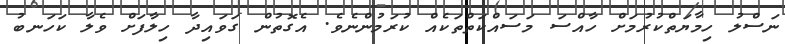
ނަސްލު ހިމާޔަތްކުރުމަށް ހާއްސަ މަސައްކަތްތަކެއް ކުރަމުންނެވެ. އެގޮތުން ގަވައިދާ ހިލާފަށް ވެލާ ކަހަނބު